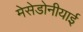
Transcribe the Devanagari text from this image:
मेसेडोनीयाई